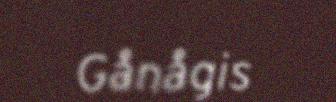
Gånågis